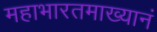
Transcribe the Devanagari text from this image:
महाभारतमाख्यानं